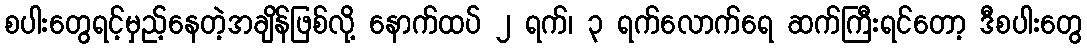
စပါးတွေရင့်မှည့်နေတဲ့အချိန်ဖြစ်လို့ နောက်ထပ် ၂ ရက်၊ ၃ ရက်လောက်ရေ ဆက်ကြီးရင်တော့ ဒီစပါးတွေ